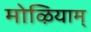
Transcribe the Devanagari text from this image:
मोऴियाम्